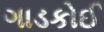
ગાડકોઈ